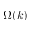
\Omega ( k )